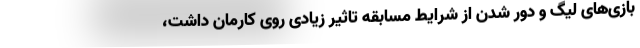
بازی‌های لیگ و دور شدن از شرایط مسابقه تاثیر زیادی روی کارمان داشت،